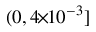
( 0 , 4 \! \! \times \! \! 1 0 ^ { - 3 } ]